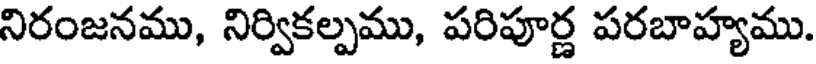
నిరంజనము, నిర్వికల్పము, పరిపూర్ణ పరబాహ్యము.